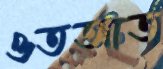
ওতআত